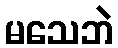
မသေဘဲ